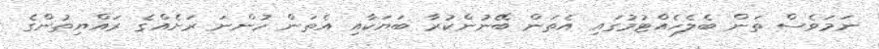
ނަމަވެސް ތަން ބެލެހެއްޓުމުގައި އެތަން ބޭނުންކުރާ ބަޔަކާއި އެތަން ހުންނަ ރަށެއްގެ ރައްޔިތުންގެ